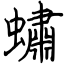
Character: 蟰